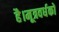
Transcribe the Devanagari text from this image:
है।मूत्रवर्धकों